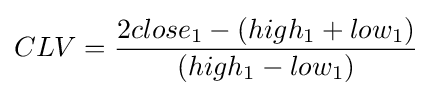
CLV={\frac {2close_{1}-(high_{1}+low_{1})}{(high_{1}-low_{1})}}\!